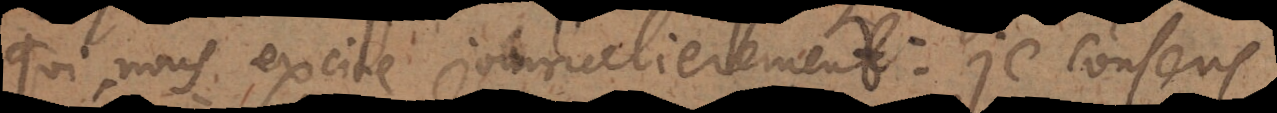
qui nous excite journalierement: je consens